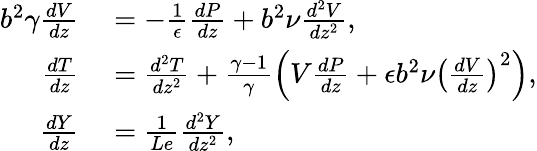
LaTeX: \begin{array}{rl}{b^{2}\gamma\frac{dV}{dz}}&{{}=-\frac{1}{\epsilon}\frac{dP}{dz}+b^{2}\nu\frac{d^{2}V}{dz^{2}},}\\ {\frac{dT}{dz}}&{{}=\frac{d^{2}T}{dz^{2}}+\frac{\gamma-1}{\gamma}\left(V\frac{dP}{dz}+\epsilon b^{2}\nu\left(\frac{dV}{dz}\right)^{2}\right),}\\ {\frac{dY}{dz}}&{{}=\frac{1}{Le}\frac{d^{2}Y}{dz^{2}},}\end{array}